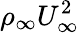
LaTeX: \rho_{\infty}U_{\infty}^{2}